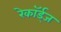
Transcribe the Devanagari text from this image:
रेकॉर्ड्‌ज